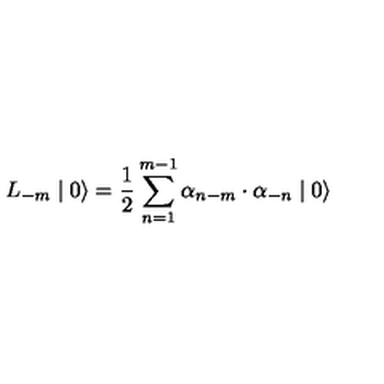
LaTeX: L _ { - m } \mid 0 \rangle = \frac { 1 } { 2 } \sum _ { n = 1 } ^ { m - 1 } { \alpha } _ { n - m } \cdot { \alpha } _ { - n } \mid 0 \rangle